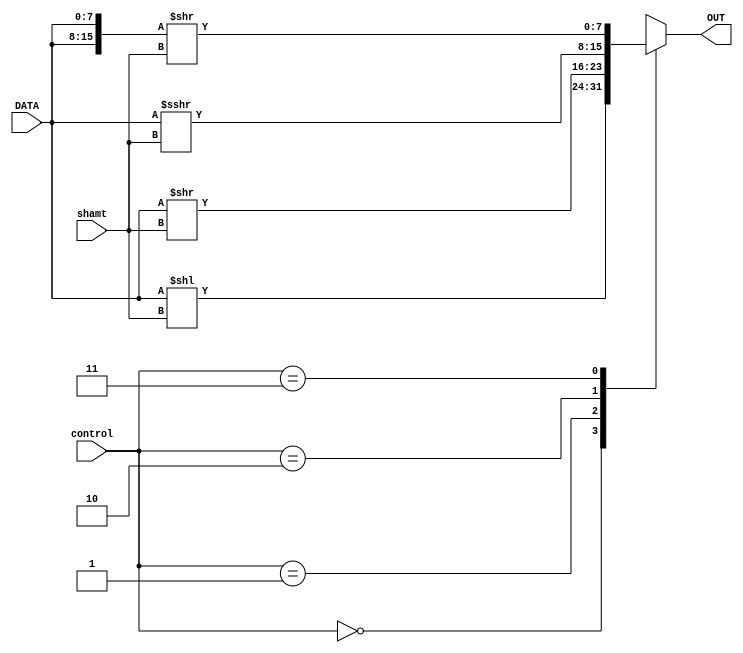
module shifter #(
     parameter WIDTH=8)
    (
	  input [1:0]  control,
	  input [4:0]  shamt,
	  input signed [WIDTH-1:0] DATA,
	  output reg signed [WIDTH-1:0] OUT
    );
	 
localparam LSL=2'b00,
		  LSR=2'b01,
		  ASR=2'b10,
		  RR=2'b11;
	 
always@(*) begin
	case(control)
	LSL: OUT = DATA << shamt;
	LSR: OUT = DATA >> shamt;
	ASR: OUT = DATA >>> shamt;
	RR: OUT = {DATA, DATA} >> shamt;
	endcase
end
	 
endmodule